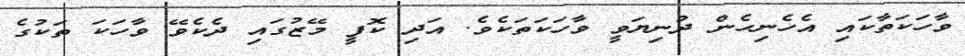
ވާހަކަތާކައި އެހެނިހެން ދުނިޔަވީ ވާހަކަތަކެވެ. އަދި ކޮފީ މޭޒުގައި ދެކެވޭ ވާހަކަ ތަކުގެ